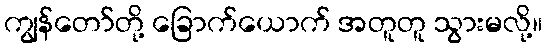
ကျွန်တော်တို့ ခြောက်ယောက် အတူတူ သွားမလို့။